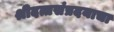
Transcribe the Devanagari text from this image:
श्रीदत्तसंप्रदयाचा